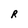
Character: R